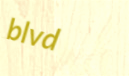
blvd